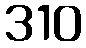
310